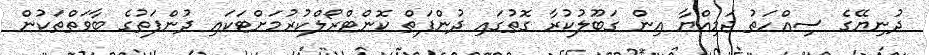
ދުނިޔޭގެ ސިއްހަތު ޖަމިއްޔާ އިން ގަބޫލުކުރާ ގޮތުގައި ދުންފަތް ކޮންޓްރޯލްކުރުމަށްޓަކައި ދުންފަތުގެ ބާވަތްތަކުން